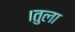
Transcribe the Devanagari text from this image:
।तुला